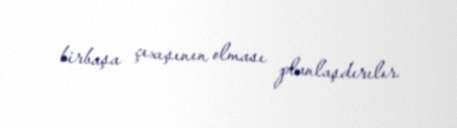
birbaşa çıxışının olması planlaşdırılır.